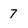
Character: 7